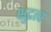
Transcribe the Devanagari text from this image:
क्षुद्रत्व